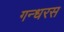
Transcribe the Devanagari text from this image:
गन्धरस